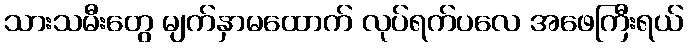
သားသမီးတွေ မျက်နှာမထောက် လုပ်ရက်ပလေ အဖေကြီးရယ်